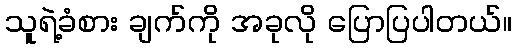
သူရဲ့ခံစား ချက်ကို အခုလို ပြောပြပါတယ်။